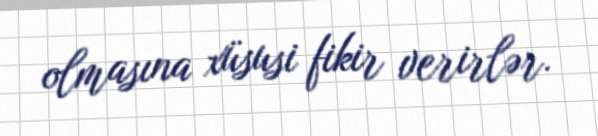
olmasına xüsusi fikir verirlər.